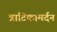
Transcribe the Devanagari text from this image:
त्राटिकामर्दन